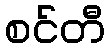
စင်တီ